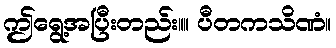
ဤရွေ့အပြီးတည်း။။ ပီတကသိဏံ။